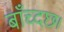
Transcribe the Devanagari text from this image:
बाँच्दछ।